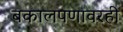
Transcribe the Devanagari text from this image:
बकालपणावरही